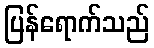
ပြန်ရောက်သည်